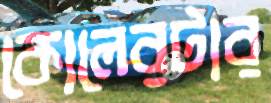
কোলেরটার